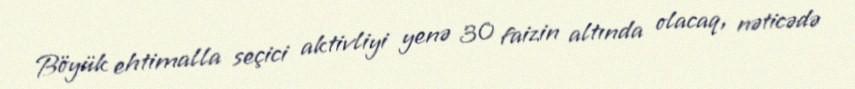
Böyük ehtimalla seçici aktivliyi yenə 30 faizin altında olacaq, nəticədə